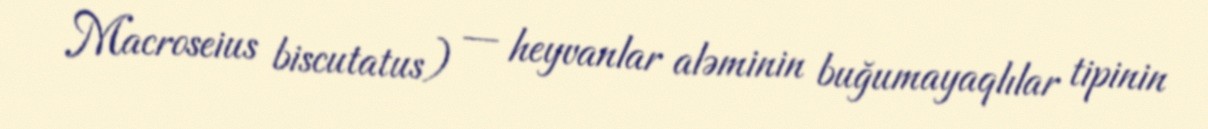
Macroseius biscutatus) — heyvanlar aləminin buğumayaqlılar tipinin